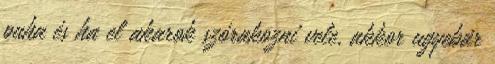
puha és ha el akarok szórakozni vele, akkor ugyebár